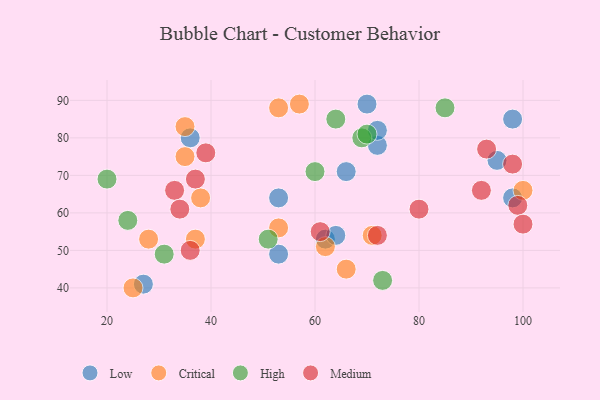
{"axis": {"x": "GDP", "y": "Life Expectancy"}, "legend": ["Critical", "High", "Low", "Medium"], "data": [{"x": "95", "y": 74, "type": "Low"}, {"x": "36", "y": 80, "type": "Low"}, {"x": "98", "y": 64, "type": "Low"}, {"x": "66", "y": 71, "type": "Low"}, {"x": "62", "y": 53, "type": "Low"}, {"x": "98", "y": 85, "type": "Low"}, {"x": "53", "y": 49, "type": "Low"}, {"x": "64", "y": 54, "type": "Low"}, {"x": "27", "y": 41, "type": "Low"}, {"x": "70", "y": 89, "type": "Low"}, {"x": "72", "y": 78, "type": "Low"}, {"x": "53", "y": 64, "type": "Low"}, {"x": "72", "y": 82, "type": "Low"}, {"x": "28", "y": 53, "type": "Critical"}, {"x": "35", "y": 83, "type": "Critical"}, {"x": "53", "y": 56, "type": "Critical"}, {"x": "57", "y": 89, "type": "Critical"}, {"x": "100", "y": 66, "type": "Critical"}, {"x": "53", "y": 88, "type": "Critical"}, {"x": "71", "y": 54, "type": "Critical"}, {"x": "25", "y": 40, "type": "Critical"}, {"x": "37", "y": 53, "type": "Critical"}, {"x": "35", "y": 75, "type": "Critical"}, {"x": "66", "y": 45, "type": "Critical"}, {"x": "38", "y": 64, "type": "Critical"}, {"x": "62", "y": 51, "type": "Critical"}, {"x": "64", "y": 85, "type": "High"}, {"x": "73", "y": 42, "type": "High"}, {"x": "51", "y": 53, "type": "High"}, {"x": "69", "y": 80, "type": "High"}, {"x": "31", "y": 49, "type": "High"}, {"x": "60", "y": 71, "type": "High"}, {"x": "85", "y": 88, "type": "High"}, {"x": "70", "y": 81, "type": "High"}, {"x": "20", "y": 69, "type": "High"}, {"x": "24", "y": 58, "type": "High"}, {"x": "99", "y": 62, "type": "Medium"}, {"x": "36", "y": 50, "type": "Medium"}, {"x": "37", "y": 69, "type": "Medium"}, {"x": "92", "y": 66, "type": "Medium"}, {"x": "33", "y": 66, "type": "Medium"}, {"x": "93", "y": 77, "type": "Medium"}, {"x": "72", "y": 54, "type": "Medium"}, {"x": "61", "y": 55, "type": "Medium"}, {"x": "39", "y": 76, "type": "Medium"}, {"x": "34", "y": 61, "type": "Medium"}, {"x": "98", "y": 73, "type": "Medium"}, {"x": "80", "y": 61, "type": "Medium"}, {"x": "100", "y": 57, "type": "Medium"}]}